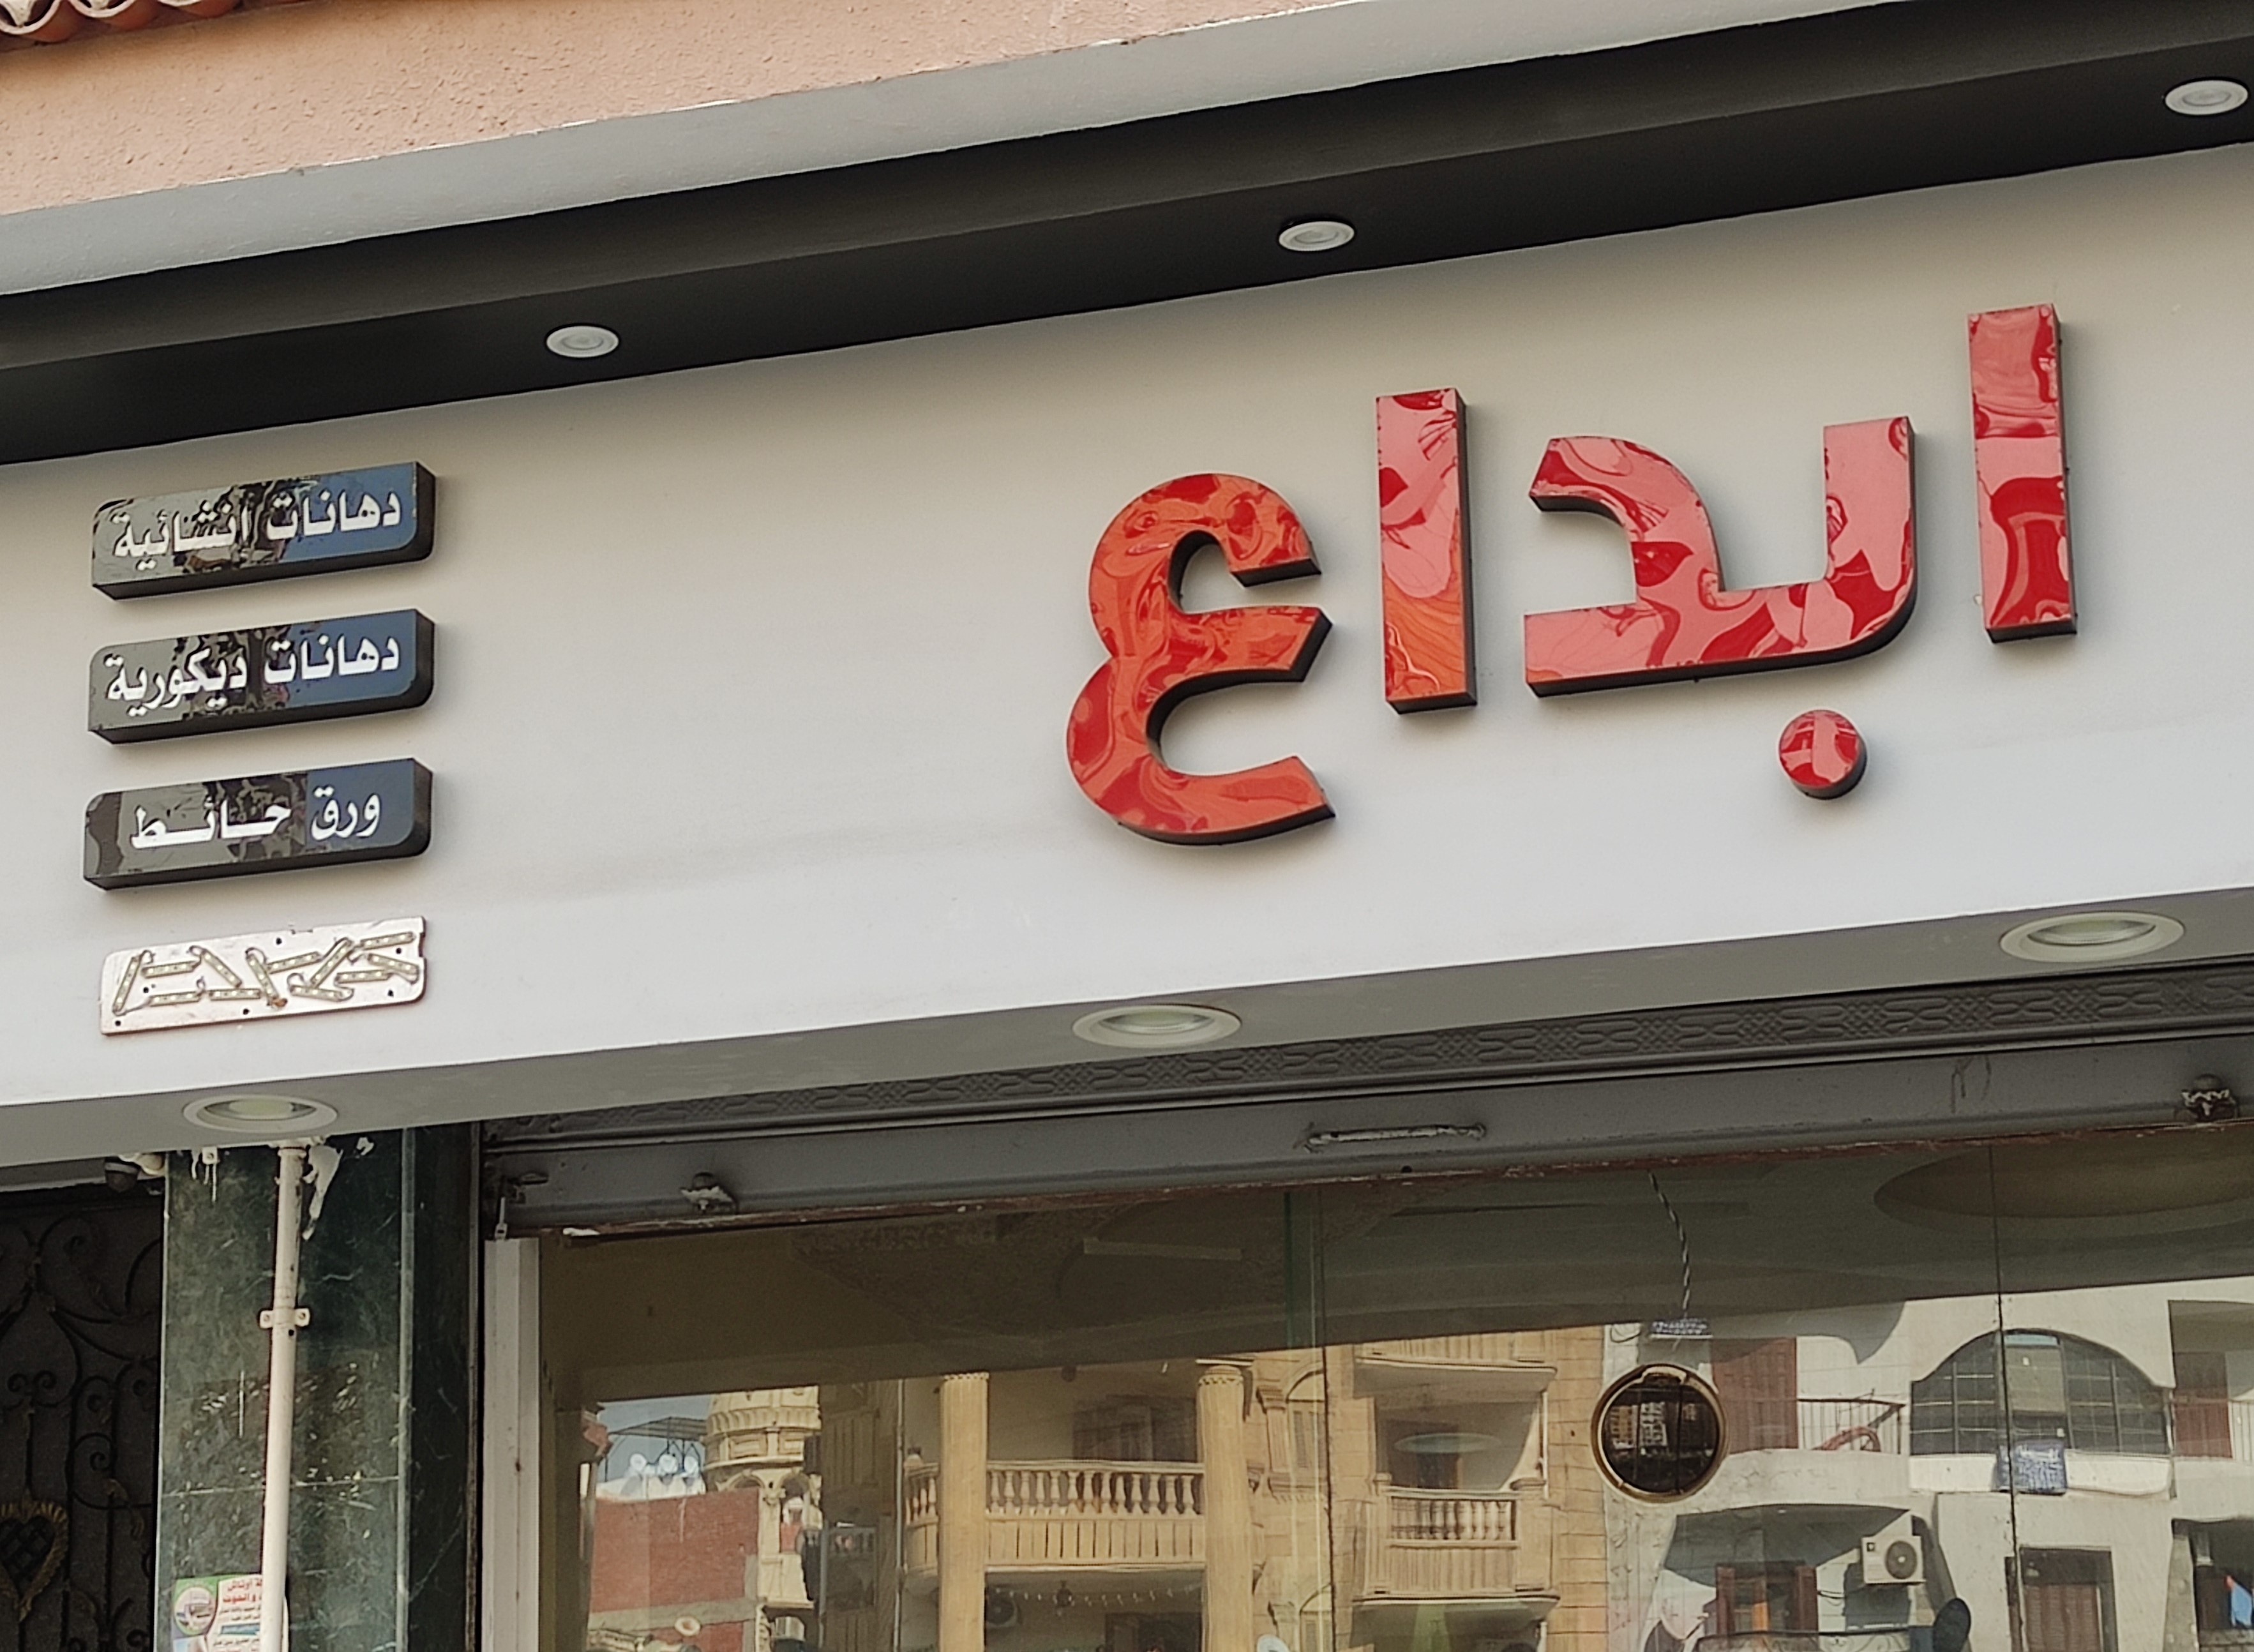
Text in image: دهانات انشائية ابداع دهانات ديكورية ورق حائط